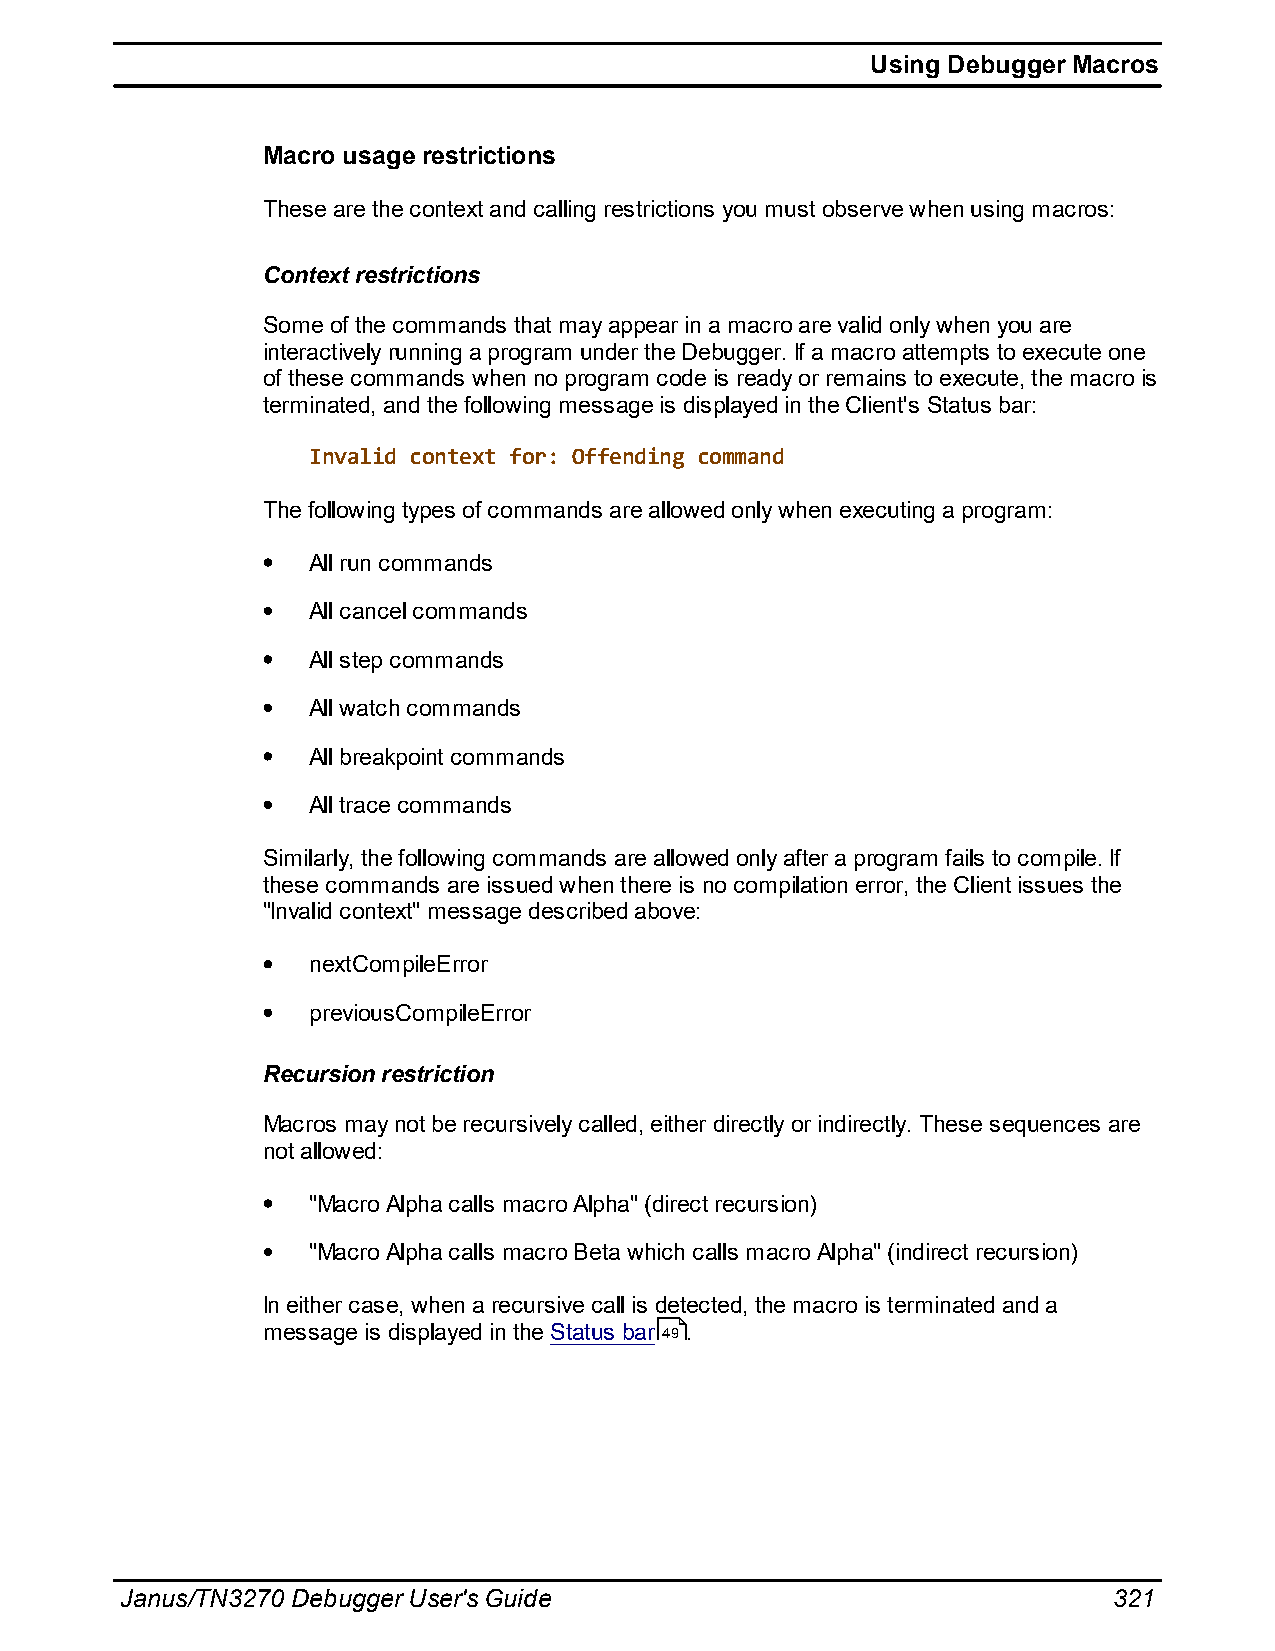
Using Debugger Macros
 Macro usage restrictions
 These are the context and calling restrictions you must observe when using macros:
 Context restrictions
 Some of the commands that may appear in a macro are valid only when you are
 interactively running a program under the Debugger. If a macro attempts to execute one
 of these commands when no program code is ready or remains to execute, the macro is
 terminated, and the following message is displayed in the Client's Status bar:
 Invalid context for: Offending command
 The following types of commands are allowed only when executing a program:
 All run commands
 All cancel commands
 All step commands
 All watch commands
 All breakpoint commands
 All trace commands
 Similarly, the following commands are allowed only after a program fails to compile. If
 these commands are issued when there is no compilation error, the Client issues the
 "Invalid context" message described above:
 nextCompileError
 previousCompileError
 Recursion restriction
 Macros may not be recursively called, either directly or indirectly. These sequences are
 not allowed:
 "Macro Alpha calls macro Alpha" (direct recursion)
 "Macro Alpha calls macro Beta which calls macro Alpha" (indirect recursion)
 In either case, when a recursive call is detected, the macro is terminated and a
 message is displayed in the Status bar 49 .
 Janus/TN3270 Debugger User's Guide                                321